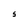
Character: S